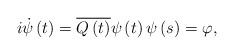
LaTeX: \begin{align*}i\dot{\psi}\left( t\right) =\overline{Q\left( t\right) }\psi\left(t\right) \psi\left( s\right) =\varphi, \end{align*}